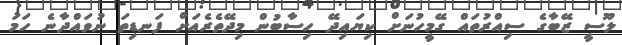
ލޫސީ ޒޭބާގެ ސިއްރުތައް ގޭމީހުނަށް ކިޔައިދޭ ހިސާބުން މިދޭތެރެއަށް ފަނޑިތަ ނުވައްދާނެ ހަމަ